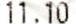
11.10